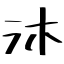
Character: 沐